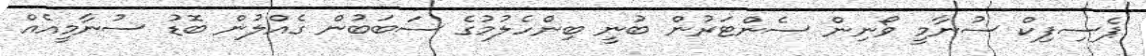
ޕެސިފިކް ސުނާމީ ވޯނިން ސެންޓަރުން ބުނީ ބިންހެލުމުގެ ސަބަބުން ގެއްލުން ބޮޑު ސުނާމީއެއް